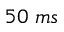
5 0 \; m s